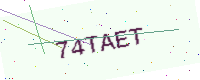
Text: 74TAET